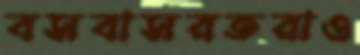
বসবাসরতরাও